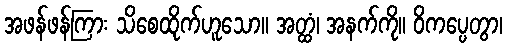
အဖန်ဖန်ကြား သိစေထိုက်ဟူသော။ အတ္ထံ၊ အနက်ကို။ ဝိကပ္ပေတွာ၊